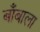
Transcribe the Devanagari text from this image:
बाँबाला